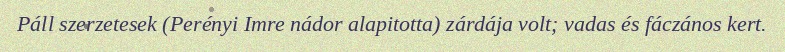
Páll szerzetesek (Perényi Imre nádor alapitotta) zárdája volt; vadas és fáczános kert.